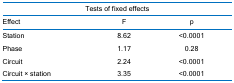
<table><thead><tr><td colspan="3"><b>Tests of fixed effects</b></td></tr><tr><td><b>Effect</b></td><td><b>F</b></td><td><b>p</b></td></tr></thead><tbody><tr><td>Station</td><td>8.62</td><td>&lt;0.0001</td></tr><tr><td>Phase</td><td>1.17</td><td>0.28</td></tr><tr><td>Circuit</td><td>2.24</td><td>&lt;0.0001</td></tr><tr><td>Circuit × station</td><td>3.35</td><td>&lt;0.0001</td></tr></tbody></table>